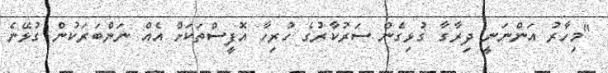
"މިހާރު އަންނަނީ ދިރާގާ ގުޅިގެން ސަރުކާރުގެ ހުރިހާ އޮފީސްތަކަށް އެއް ނަންބަރަކުން ގުޅޭނެ